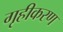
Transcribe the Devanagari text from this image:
गृहीकरण